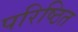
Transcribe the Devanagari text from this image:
परिष्ठित